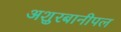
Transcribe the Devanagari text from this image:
अशुरबानीपल